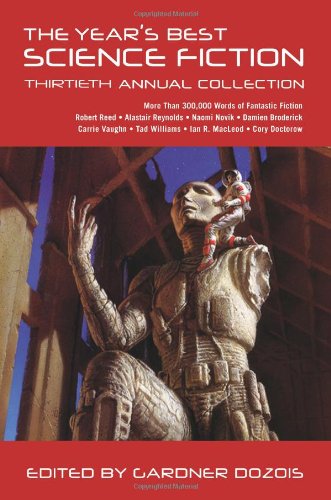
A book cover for The Year's Best Science Fiction: Thirtieth Annual Collection; Science Fiction & Fantasy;